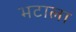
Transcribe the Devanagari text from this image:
भटाला